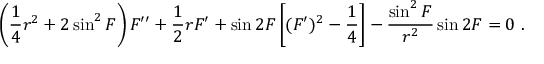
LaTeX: \left( \frac { 1 } { 4 } r ^ { 2 } + 2 \sin ^ { 2 } F \right) F ^ { \prime \prime } + \frac { 1 } { 2 } r F ^ { \prime } + \sin 2 F \left[ ( F ^ { \prime } ) ^ { 2 } - \frac { 1 } { 4 } \right] - \frac { \sin ^ { 2 } F } { r ^ { 2 } } \sin 2 F = 0 \ .